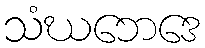
သံဃဘေဒေ